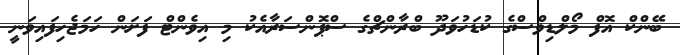
ބޭންކް އޮފް މޯލްޑިވްސްގެ ކުޑަހުވަދޫ ބްރާންޗްގެ ސްޕޮންސަރާއެކު މި އިވެންޓް ފަށަން ހަމަޖެހިފައިވަނީ